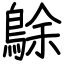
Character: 鵌